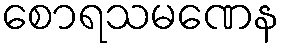
စောရသမဏေန